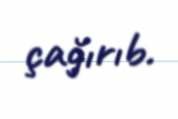
çağırıb.